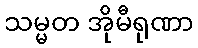
သမ္မတ အိုမီရုဏာ